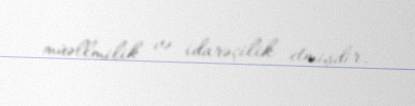
müəllmilik və idarəçilik etmişdir.